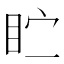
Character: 𪾣